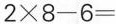
$$2 \times 8 - 6 =$$